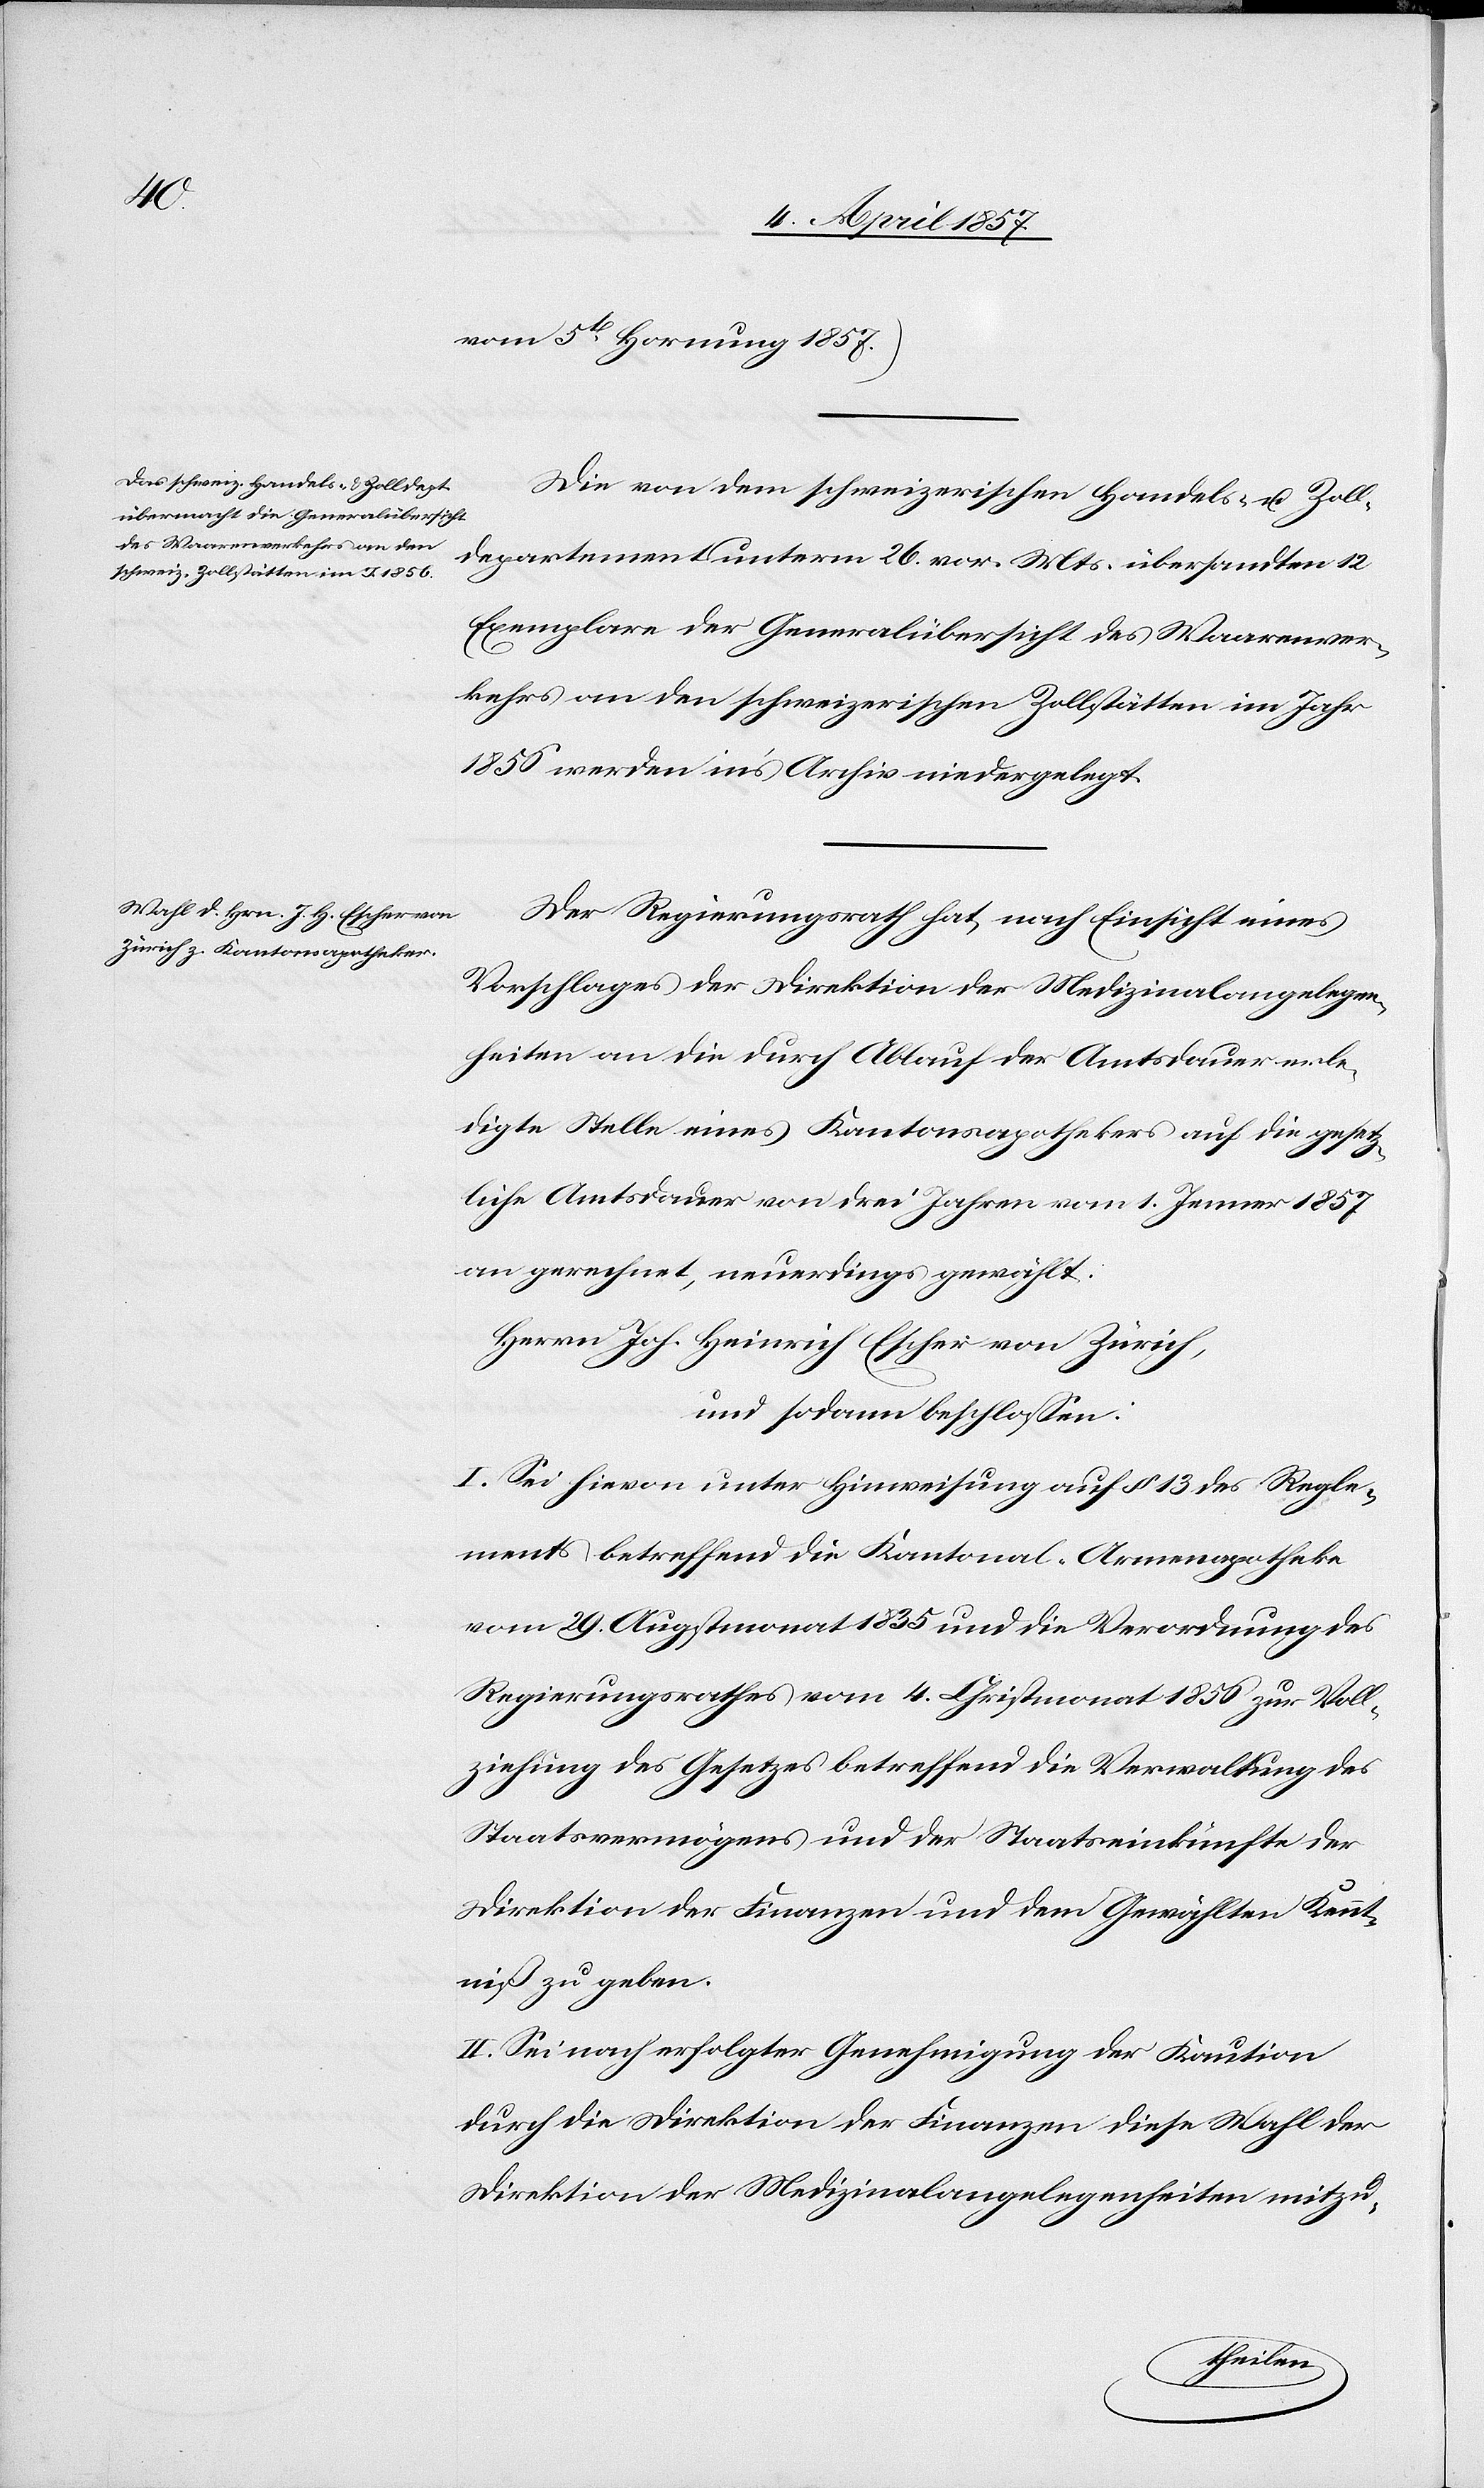
vom 5t Hornung 1857.)
Die von dem schweizerischen Handels- u. Zoll¬
departement unterm 26. vor. Mts. übersandten 12
Exemplare der Generalübersicht des Waarenver¬
kehrs an den schweizerischen Zollstätten im Jahr
1856 werden in's Archiv niedergelegt.
Der Regierungsrath hat, nach Einsicht eines
Vorschlages der Direktion der Medizinalangelegen¬
heiten an die durch Ablauf der Amtsdauer erle¬
digte Stelle eines Kantonsapothekers auf die gesetz¬
liche Amtsdauer von drei Jahren vom 1. Jenner 1857
an gerechnet, neuerdings gewählt:
Herrn Joh. Heinrich Escher von Zürich,
und sodann beschlossen:
I. Sei hievon unter Hinweisung auf § 13 des Regle¬
ments betreffend die Kantonal-Armenapotheke
vom 29. Augustmonat 1835 und die Verordnung des
Regierungsrathes vom 4. Christmonat 1850 zur Voll¬
ziehung des Gesetzes betreffend die Verwaltung des
Staatsvermögens und der Staatseinkünfte der
Direktion der Finanzen und dem gewählten Kennt¬
niß zu geben.
II. Sei nach erfolgter Genehmigung der Kaution
durch die Direktion der Finanzen diese Wahl der
Direktion der Medizinalangelegenheiten mitzu-